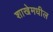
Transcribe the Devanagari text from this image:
शाखेमधील